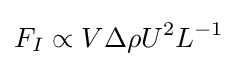
F_{I}\propto V\Delta \rho U^{2}L^{-1}